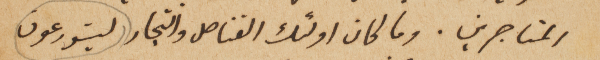
المتاجرين. وما كان اولئك القناصل والتجار ليتورعون